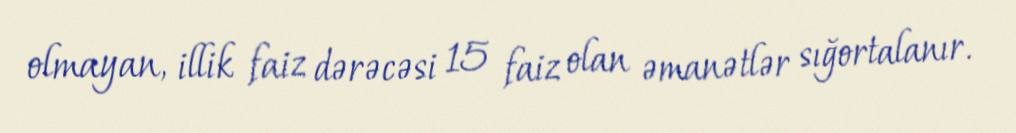
olmayan, illik faiz dərəcəsi 15 faiz olan əmanətlər sığortalanır.